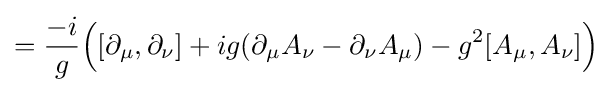
={-i \over g}{\Big (}[\partial _{\mu },\partial _{\nu }]+ig(\partial _{\mu }A_{\nu }-\partial _{\nu }A_{\mu })-g^{2}[A_{\mu },A_{\nu }]{\Big )}